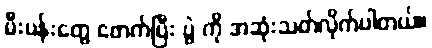
မီးပန်းတွေ ဖောက်ပြီး ပွဲ ကို အဆုံးသတ်လိုက်ပါတယ်။